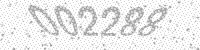
Solution: 002288